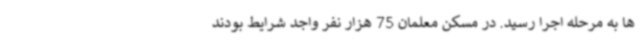
ها به مرحله اجرا رسید. در مسکن معلمان 75 هزار نفر واجد شرایط بودند